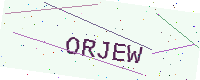
Text: ORJEW